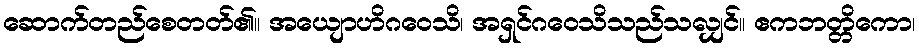
ဆောက်တည်စေတတ်၏။ အယျောဟိဂဝေသိ၊ အရှင်ဂဝေသိသည်သလျှင်။ ဧကဘတ္တိကော၊